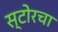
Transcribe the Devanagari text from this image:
स्टोरचा